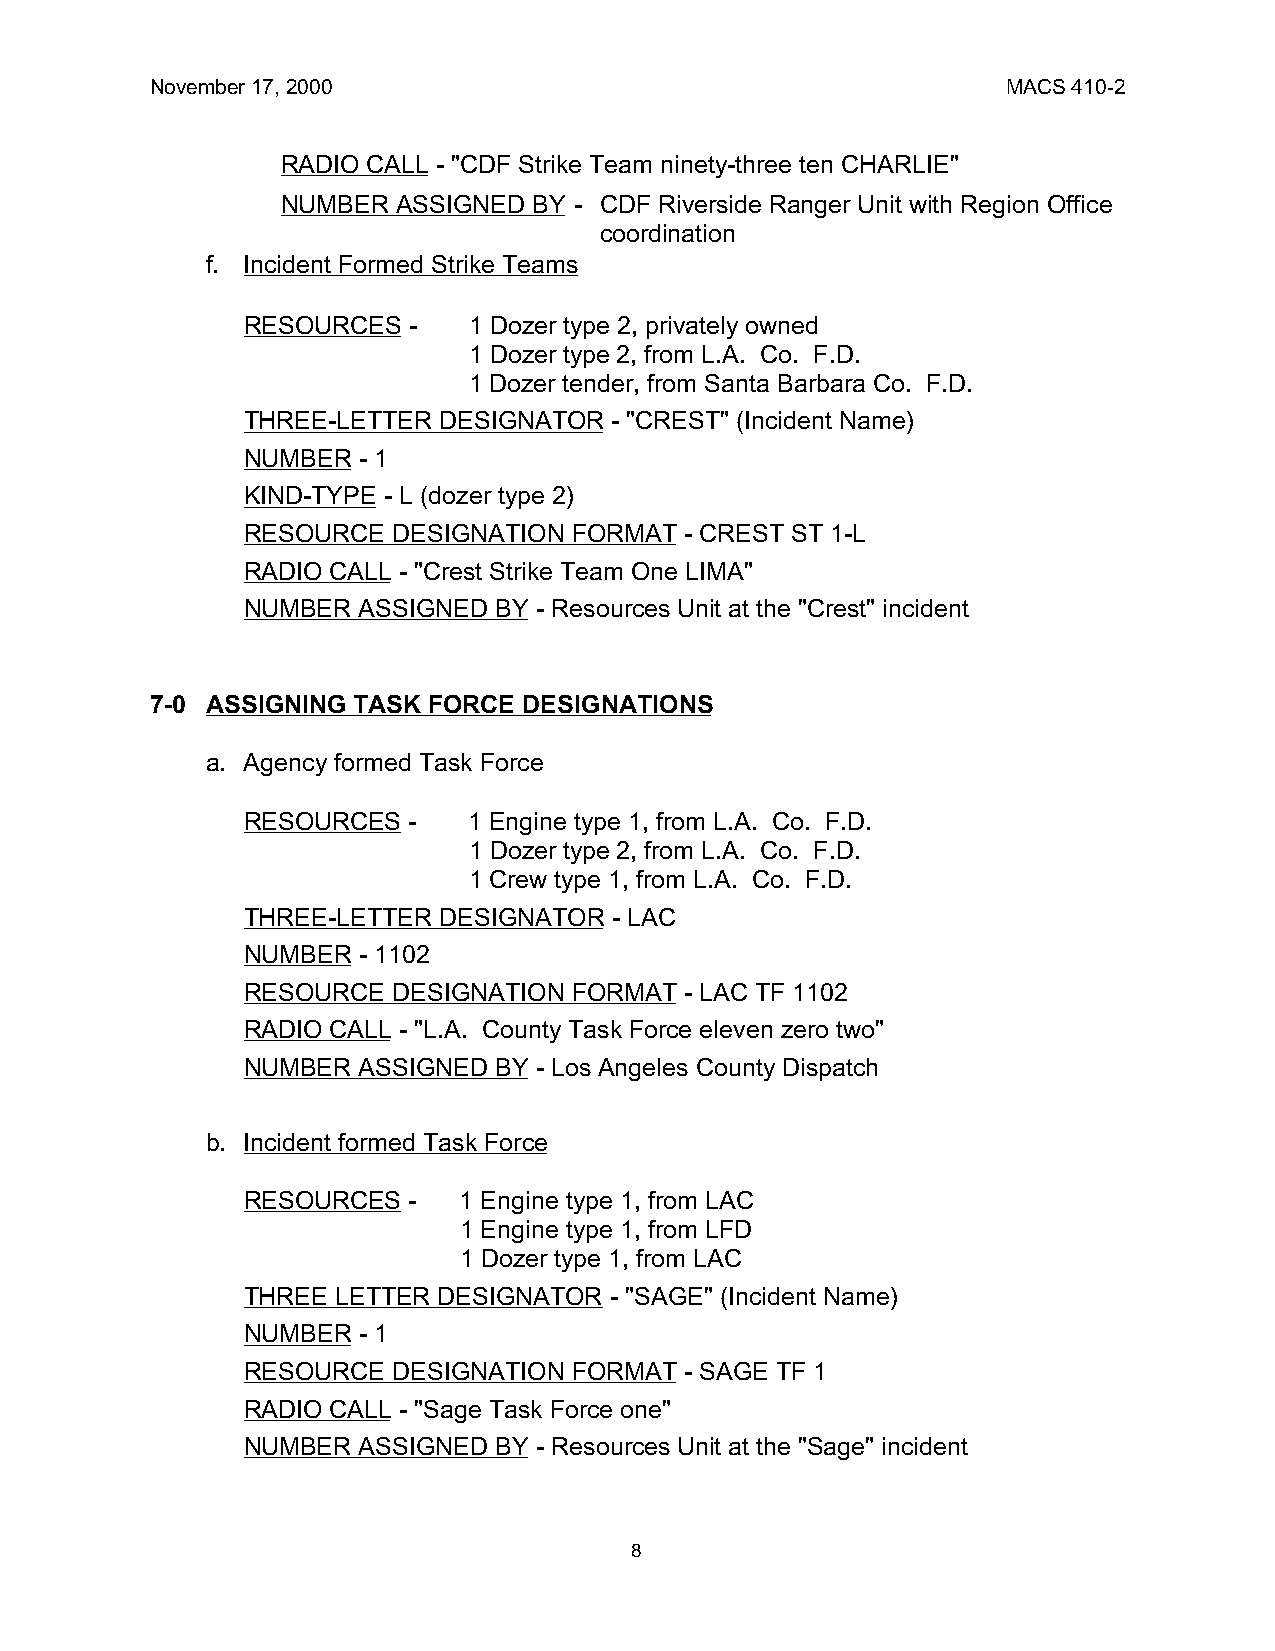
November 17, 2000                                        MACS 410-2
 RADIO CALL - "CDF Strike Team ninety-three ten CHARLIE"
 NUMBER ASSIGNED BY - CDF Riverside Ranger Unit with Region Office
 coordination
 f. Incident Formed Strike Teams
 RESOURCES  -   1 Dozer type 2, privately owned
 1 Dozer type 2, from L.A. Co. F.D.
 1 Dozer tender, from Santa Barbara Co. F.D.
 THREE-LETTER DESIGNATOR  - "CREST" (Incident Name)
 NUMBER  - 1
 KIND-TYPE - L (dozer type 2)
 RESOURCE  DESIGNATION FORMAT - CREST ST 1-L
 RADIO CALL - "Crest Strike Team One LIMA"
 NUMBER  ASSIGNED BY - Resources Unit at the "Crest" incident
 7-0 ASSIGNING TASK FORCE DESIGNATIONS
 a. Agency formed Task Force
 RESOURCES  -   1 Engine type 1, from L.A. Co. F.D.
 1 Dozer type 2, from L.A. Co. F.D.
 1 Crew type 1, from L.A. Co. F.D.
 THREE-LETTER DESIGNATOR  - LAC
 NUMBER  - 1102
 RESOURCE  DESIGNATION FORMAT - LAC TF 1102
 RADIO CALL - "L.A. County Task Force eleven zero two"
 NUMBER  ASSIGNED BY - Los Angeles County Dispatch
 b. Incident formed Task Force
 RESOURCES  -  1 Engine type 1, from LAC
 1 Engine type 1, from LFD
 1 Dozer type 1, from LAC
 THREE LETTER DESIGNATOR - "SAGE" (Incident Name)
 NUMBER  - 1
 RESOURCE  DESIGNATION FORMAT - SAGE TF 1
 RADIO CALL - "Sage Task Force one"
 NUMBER  ASSIGNED BY - Resources Unit at the "Sage" incident
 8